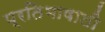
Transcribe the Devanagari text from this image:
प्रतिभाषाली